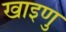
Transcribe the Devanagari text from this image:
खाइणु